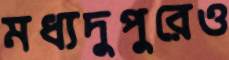
মধ্যদুপুরেও